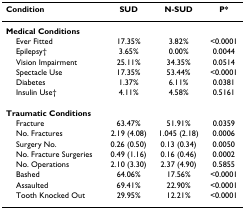
<table><thead><tr><td><b>Condition</b></td><td><b>SUD</b></td><td><b>N-SUD</b></td><td><b>P*</b></td></tr></thead><tbody><tr><td><b>Medical Conditions</b></td><td></td><td></td><td></td></tr><tr><td> Ever Fitted</td><td>17.35%</td><td>3.82%</td><td>&lt;0.0001</td></tr><tr><td> Epilepsy†</td><td>3.65%</td><td>0.00%</td><td>0.0044</td></tr><tr><td> Vision Impairment</td><td>25.11%</td><td>34.35%</td><td>0.0514</td></tr><tr><td> Spectacle Use</td><td>17.35%</td><td>53.44%</td><td>&lt;0.0001</td></tr><tr><td> Diabetes</td><td>1.37%</td><td>6.11%</td><td>0.0381</td></tr><tr><td> Insulin Use†</td><td>4.11%</td><td>4.58%</td><td>0.5161</td></tr><tr><td><b>Traumatic Conditions</b></td><td></td><td></td><td></td></tr><tr><td> Fracture</td><td>63.47%</td><td>51.91%</td><td>0.0359</td></tr><tr><td> No. Fractures</td><td>2.19 (4.08)</td><td>1.045 (2.18)</td><td>0.0006</td></tr><tr><td> Surgery No.</td><td>0.26 (0.50)</td><td>0.13 (0.34)</td><td>0.0050</td></tr><tr><td> No. Fracture Surgeries</td><td>0.49 (1.16)</td><td>0.16 (0.46)</td><td>0.0002</td></tr><tr><td> No. Operations</td><td>2.10 (3.30)</td><td>2.37 (4.90)</td><td>0.5855</td></tr><tr><td> Bashed</td><td>64.06%</td><td>17.56%</td><td>&lt;0.0001</td></tr><tr><td> Assaulted</td><td>69.41%</td><td>22.90%</td><td>&lt;0.0001</td></tr><tr><td> Tooth Knocked Out</td><td>29.95%</td><td>12.21%</td><td>&lt;0.0001</td></tr></tbody></table>